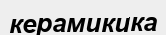
керамикика